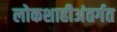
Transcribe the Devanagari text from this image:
लोकशाहीअंतर्गत